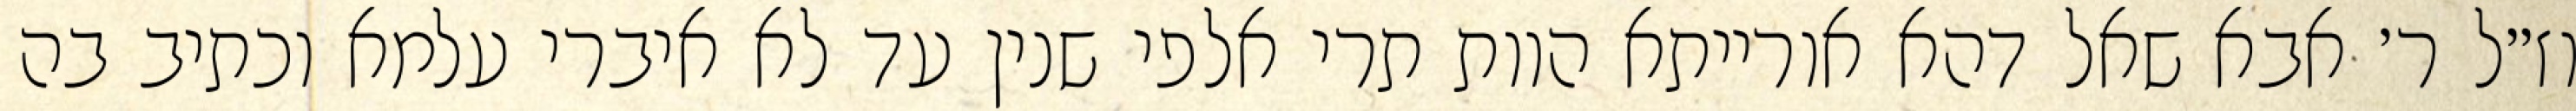
וז״ל ר׳ אבא שאל דהא אורייתא הוות תרי אלפי שנין עד לא איברי עלמא וכתיב בה